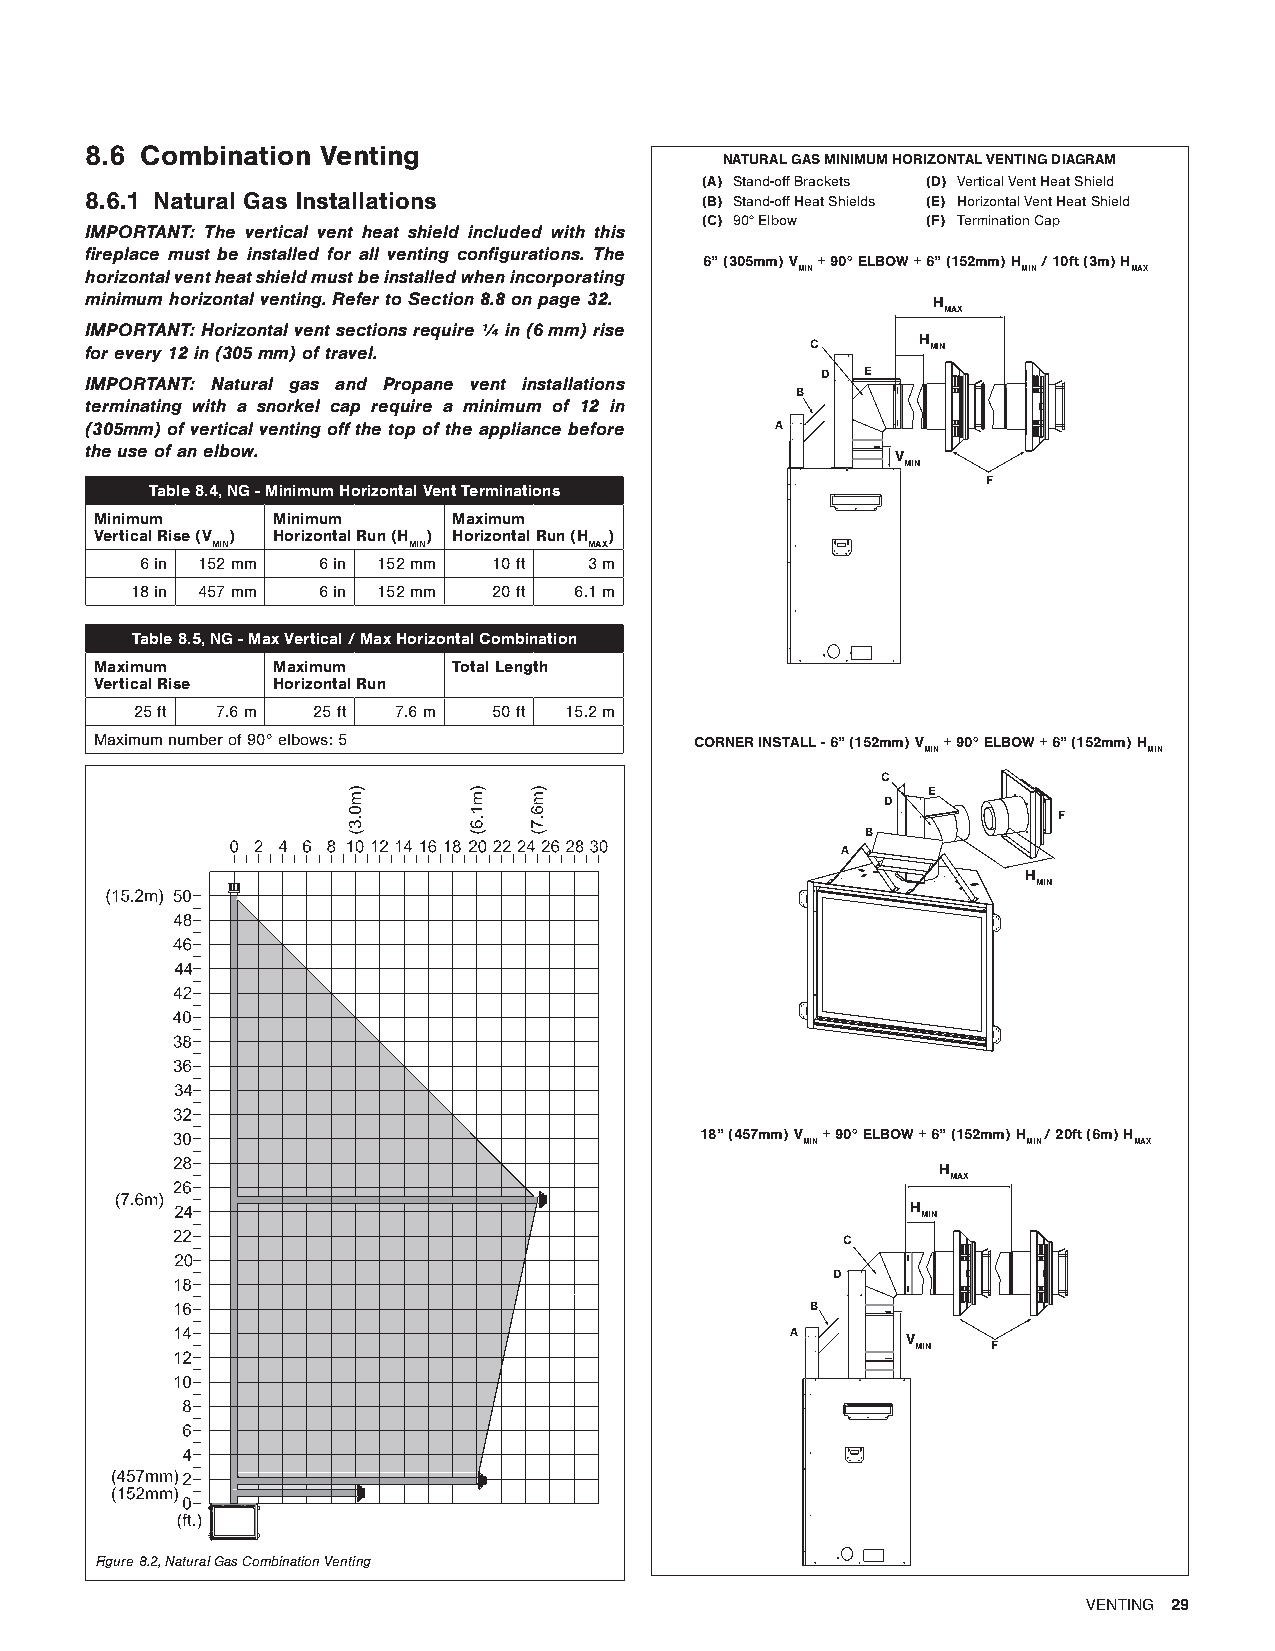
8.6 Combination Venting
 NATURAL GAS MINIMUM HORIZONTAL VENTING DIAGRAM
 (A) Stand-off Brackets (D) Vertical Vent Heat Shield
 8.6.1 Natural Gas Installations         (B) Stand-off Heat Shields (E) Horizontal Vent Heat Shield
 (C) 90° Elbow  (F) Termination Cap
 IMPORTANT: The vertical vent heat shield included with this
 fireplace must be installed for all venting configurations. The
 6” (305mm) V + 90° ELBOW + 6” (152mm) H / 10ft (3m) H
 horizontal vent heat shield must be installed when incorporating MIN MIN MAX
 minimum horizontal venting. Refer to Section 8.8 on page 32. H
 MAX
 IMPORTANT: Horizontal vent sections require ¼ in (6 mm) rise
 for every 12 in (305 mm) of travel.             C      H MIN
 D  E
 IMPORTANT: Natural gas and Propane vent installations
 B
 terminating with a snorkel cap require a minimum of 12 in
 (305mm) of vertical venting off the top of the appliance before A
 the use of an elbow.                                 V
 MIN
 F
 Table 8.4, NG - Minimum Horizontal Vent Terminations
 Minimum     Minimum     Maximum
 Vertical Rise (V ) Horizontal Run (H ) Horizontal Run (H )
 MIN          MIN         MAX
 6 in 152 mm 6 in 152 mm 10 ft 3 m
 18 in 457 mm 6 in 152 mm 20 ft 6.1 m
 Table 8.5, NG - Max Vertical / Max Horizontal Combination
 Maximum     Maximum     Total Length
 Vertical Rise Horizontal Run
 25 ft 7.6 m 25 ft 7.6 m 50 ft 15.2 m
 Maximum number of 90° elbows: 5         CORNER INSTALL - 6” (152mm) V + 90° ELBOW + 6” (152mm) H
 MIN            MIN
 C
 E
 D
 F
 B
 A
 H
 MIN
 18” (457mm) V + 90° ELBOW + 6” (152mm) H / 20ft (6m) H
 MIN            MIN    MAX
 H
 MAX
 H
 MIN
 C
 D
 B
 A       V
 MIN  F
 Figure 8.2, Natural Gas Combination Venting
 VENTING 29